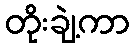
တိုးချဲ့ကာ